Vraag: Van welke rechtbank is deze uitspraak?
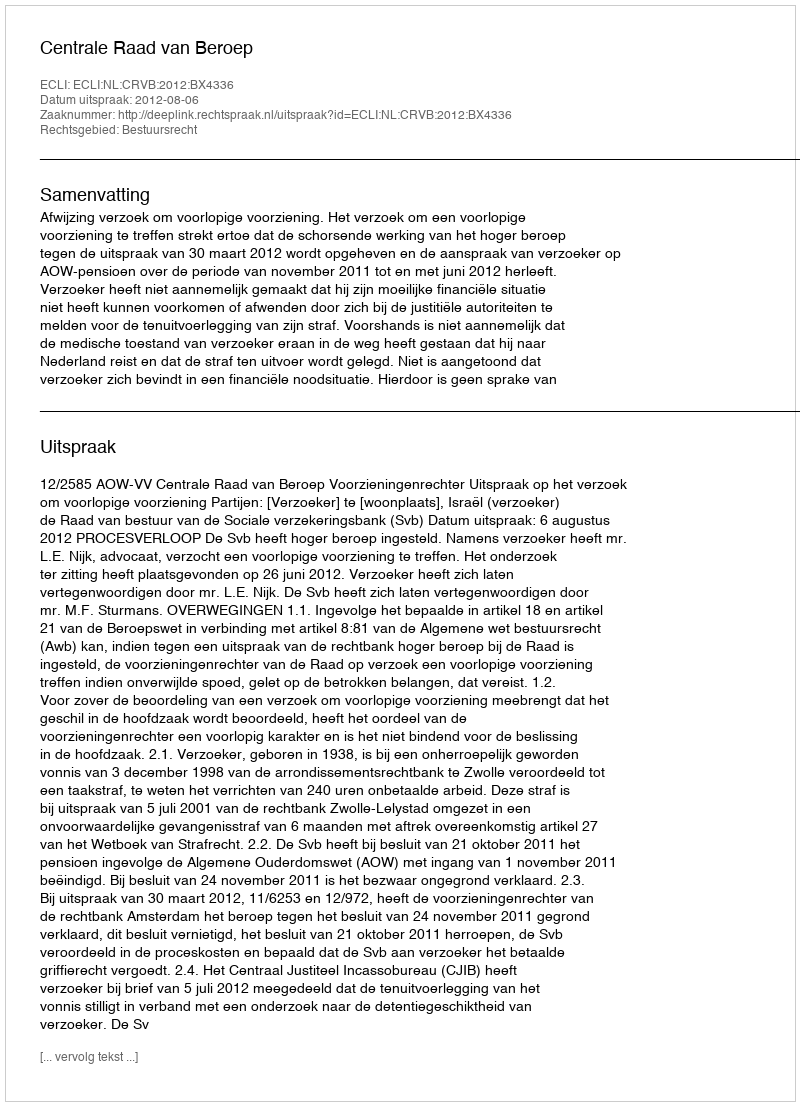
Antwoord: Centrale Raad van Beroep